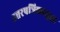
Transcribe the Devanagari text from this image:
उत्तरपत्रिकासुद्धा